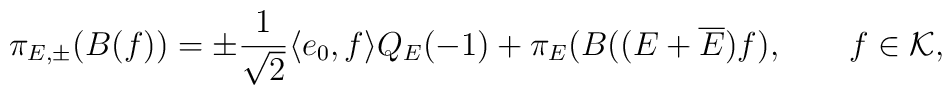
\pi_{E,\pm}(B(f)) = \pm \frac{1}{\sqrt{2}}\langle e_0,f \rangle Q_E(-1) +\pi_E(B((E+\overline{E})f), \qquad f\in{\cal K},